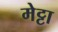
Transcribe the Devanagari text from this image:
मेट्टा